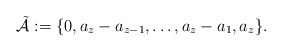
\begin{align*}\mathcal{\tilde{A}}:=\{0,a_z-a_{z-1},\ldots,a_z-a_1,a_z\}.\end{align*}